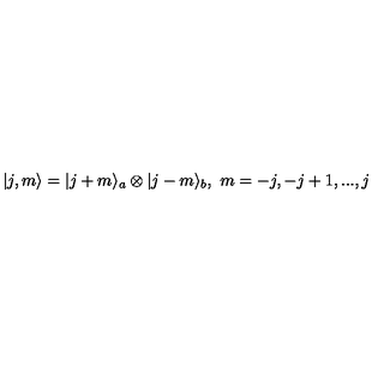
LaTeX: | j , m \rangle = | j + m \rangle _ { a } \otimes | j - m \rangle _ { b } , \ m = - j , - j + 1 , . . . , j